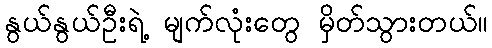
နွယ်နွယ်ဦးရဲ့ မျက်လုံးတွေ မှိတ်သွားတယ်။